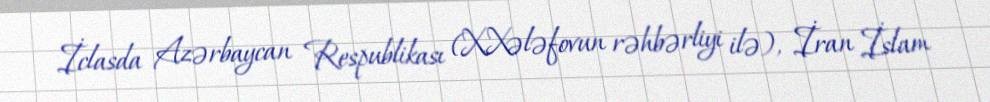
İclasda Azərbaycan Respublikası (X.Xələfovun rəhbərliyi ilə), İran İslam